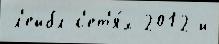
л'ейбл с'ет'я́х 2012 и